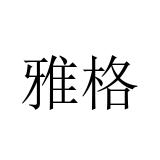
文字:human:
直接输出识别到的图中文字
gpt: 雅格